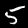
Digit: 5